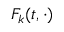
F _ { k } ( t , \cdot )